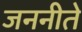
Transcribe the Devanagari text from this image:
जननीते